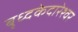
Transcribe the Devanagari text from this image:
बृध्दकेदारेश्वर